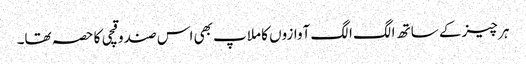
ہر چیز کے ساتھ الگ الگ آوازوں کا ملاپ بھی اس صندوقچی کا حصہ تھا۔